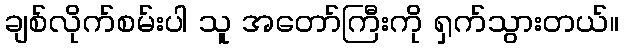
ချစ်လိုက်စမ်းပါ သူ အတော်ကြီးကို ရှက်သွားတယ်။